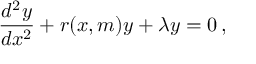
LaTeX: \frac { d ^ { 2 } y } { d x ^ { 2 } } + r ( x , m ) y + \lambda y = 0 \, ,